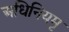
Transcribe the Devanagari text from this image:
अधिनियमृ